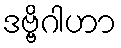
ဒဗ္ဗိဂါဟာ